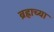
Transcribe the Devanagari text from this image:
ब्रह्राच्या